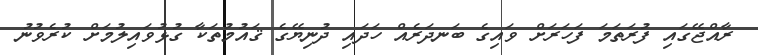
ރާއްޖޭގައި ފުރަތަމަ ފަހަރަށް ވައިގެ ބަނދަރެއް ހަދައި ދުނިޔޭގެ ޤައުމުތަކާ ގުޅުވައިލުމަށް ކުރެވުނު